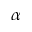
\ensuremath { \alpha }